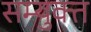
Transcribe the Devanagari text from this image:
सम्युक्त